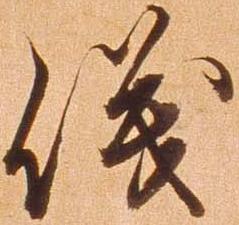
儀